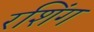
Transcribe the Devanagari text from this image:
रशिंग